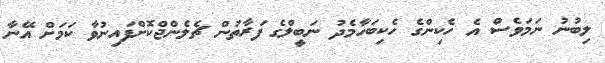
ލިބުނު ނަމަވެސް އެ ހެކިންގެ ހެކިބަހާމެދު ނަބީލްގެ ފަރާތުން ޗެލެންޖްކޮށްފައިނުވާ ކަމަށް އޭނާ